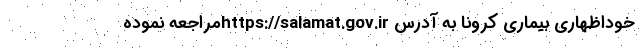
خوداظهاری بیماری کرونا به آدرس https://salamat.gov.irمراجعه نموده